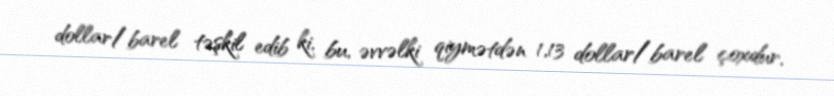
dollar/barel təşkil edib ki, bu, əvvəlki qiymətdən 1,13 dollar/barel çoxdur.